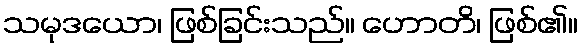
သမုဒယော၊ ဖြစ်ခြင်းသည်။ ဟောတိ၊ ဖြစ်၏။